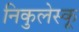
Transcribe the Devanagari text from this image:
निकुलेस्कू